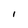
Character: I